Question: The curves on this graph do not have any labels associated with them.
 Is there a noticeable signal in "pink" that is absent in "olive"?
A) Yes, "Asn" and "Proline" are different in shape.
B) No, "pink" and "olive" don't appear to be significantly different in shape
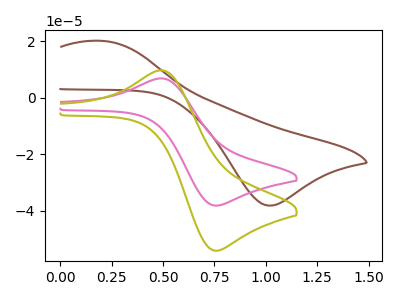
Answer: <think>The brown curve "brown" has an anodic peak at (0.20V, 20.10uA) and a cathodic peak at (1.00V, -38.10uA). The pink curve "pink" has an anodic peak at (0.50V, 6.80uA) and a cathodic peak at (0.75V, -38.10uA). The olive curve "olive" has an anodic peak at (0.50V, 9.60uA) and a cathodic peak at (0.75V, -54.05uA).
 All the peaks in "pink" have a peak in "olive" at the same potential. Every peak in "pink" is lower than every peak in "olive".</think>
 <answer>B) No, "pink" and "olive" don't appear to be significantly different in shape</answer>
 <eval>B</eval>